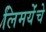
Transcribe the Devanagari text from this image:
लिमयेंंचे